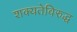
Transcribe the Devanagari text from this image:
शक्यतेविरुद्ध